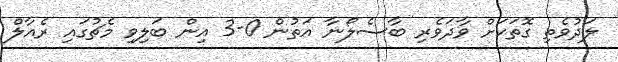
ލަދުވެތި ގޮތަކަށް ވާދަވެރި ބާސެލޯނާ އަތުން 0-3 އިން ބަލިވި މެޗުގައި ރެއާލް